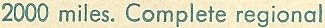
2000 miles. Complete regional